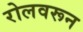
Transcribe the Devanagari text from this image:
रोलवरून